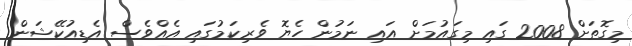
މިގޮތަށް 2008 ގައި މިގައުމަށް އައި ނަމުން ހެޔޮ ވެރިކަމުގައި އެއްވެސް އެޑިއުކޭޝަން